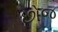
છોજ